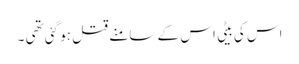
اس کی بیٹی اس کے سامنے قتل ہو گئی تھی ۔